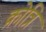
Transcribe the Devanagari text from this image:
क्रोत्रि